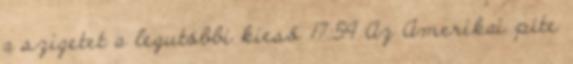
a szigetet a legutóbbi kieső 17:59 Az Amerikai pite